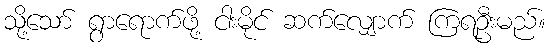
သို့သော် ရွာရောက်ဖို့ ငါးမိုင် ဆက်လျှောက် ကြရဦးမည်။